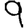
Digit: 9